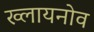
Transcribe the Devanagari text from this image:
ख्लायनोव